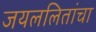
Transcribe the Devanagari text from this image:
जयललितांचा